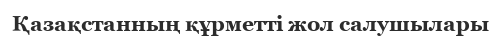
Қазақстанның құрметті жол салушылары